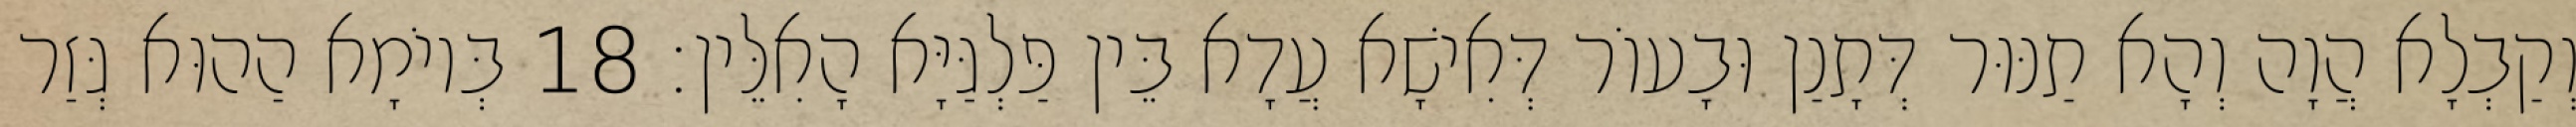
וְקַבְלָא הֲוָה וְהָא תַנּוּר דְּתָנַן וּבָעוֹר דְּאִישָׁא עֲדָא בֵּין פַּלְגַּיָּא הָאִלֵּין׃ 18 בְּיוֹמָא הַהוּא גְּזַר